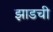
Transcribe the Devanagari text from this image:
झाडची